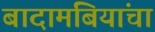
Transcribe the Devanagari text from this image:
बादामबियांचा